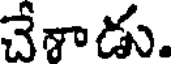
చేశాడు.